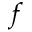
f